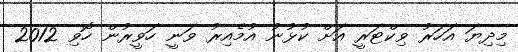
މިދިޔަ އަހަރު ވިކްޓަރީ އަށް ކުޅުނު އުމެއިރު ވަނީ ހަވީރުން ހޮވި 2012